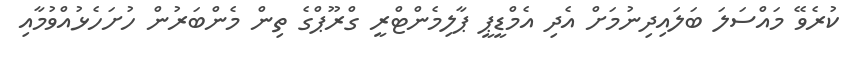
ކުރެވޭ މައްސަލަ ބަލައިދިނުމަށް އެދި އެމްޑީޕީ ޕާލިމެންޓްރީ ގްރޫޕްގެ ތިން މެންބަރުން ހުށަހެޅުއްވުމާއި